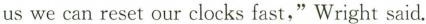
us we can reset our clocks fast,"Wright said.